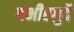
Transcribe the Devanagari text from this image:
गंभीरगुर्दे